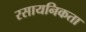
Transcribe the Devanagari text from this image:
रसायनिकता